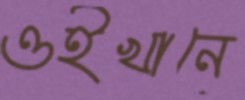
ওইখানে